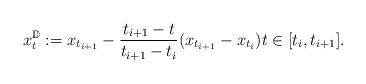
LaTeX: \begin{align*} x^\mathbb{D}_t := x_{t_{i+1}} - \frac{t_{i+1} - t}{t_{i+1} - t_i} (x_{t_{i+1}} - x_{t_i}) t \in [t_i,t_{i+1}].\end{align*}